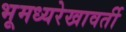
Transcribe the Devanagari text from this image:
भूमध्यरेखावर्ती